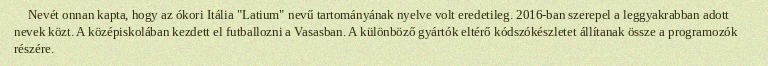
Nevét onnan kapta, hogy az ókori Itália "Latium" nevű tartományának nyelve volt eredetileg. 2016-ban szerepel a leggyakrabban adott nevek közt. A középiskolában kezdett el futballozni a Vasasban. A különböző gyártók eltérő kódszókészletet állítanak össze a programozók részére.